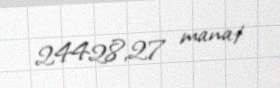
24428,27 manat